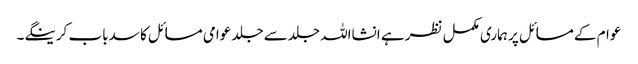
عوام کے مسائل پر ہماری مکمل نظر ہے انشااللہ جلدسے جلد عوامی مسائل کا سدباب کرینگے۔